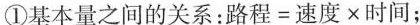
①基本量之间的关系：$$路 程 = 速 度 × 时 间$$；